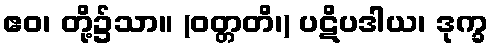
ဧဝ၊ တို့၌သာ။ (ဝတ္တတိ၊) ပဋိပဒါယ၊ ဒုက္ခ